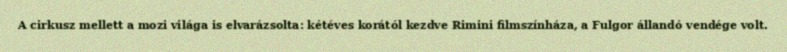
A cirkusz mellett a mozi világa is elvarázsolta: kétéves korától kezdve Rimini filmszínháza, a Fulgor állandó vendége volt.